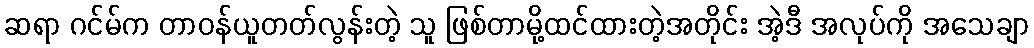
ဆရာ ဂင်မ်က တာဝန်ယူတတ်လွန်းတဲ့ သူ ဖြစ်တာမို့ထင်ထားတဲ့အတိုင်း အဲ့ဒီ အလုပ်ကို အသေချာ